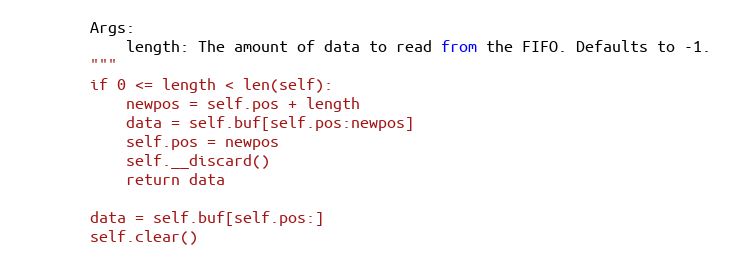
Language: Python
        Args:
            length: The amount of data to read from the FIFO. Defaults to -1.
        """
        if 0 <= length < len(self):
            newpos = self.pos + length
            data = self.buf[self.pos:newpos]
            self.pos = newpos
            self.__discard()
            return data

        data = self.buf[self.pos:]
        self.clear()